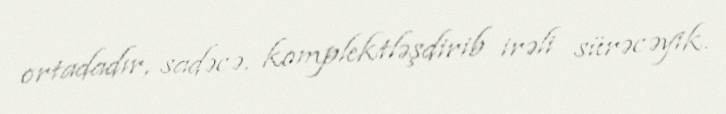
ortadadır, sadəcə, komplektləşdirib irəli sürəcəyik.